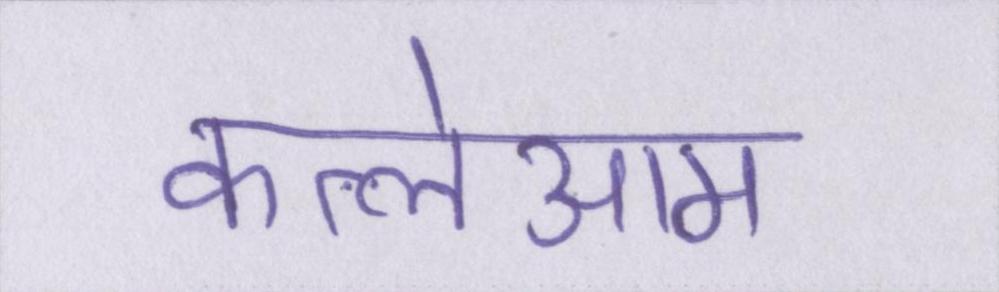
कत्लेआम